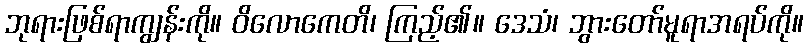
ဘုရားဖြစ်ရာကျွန်းကို။ ဝိလောကေတိ၊ ကြည့်၏။ ဒေသံ၊ ဘွားတော်မူရာအရပ်ကို။